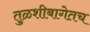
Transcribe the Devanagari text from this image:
तुळशीबागेतच